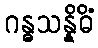
ဂန္ဓသန္နိဓိံ